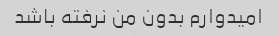
امیدوارم بدون من نرفته باشد